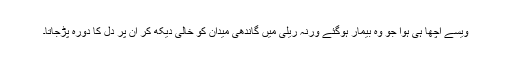
ویسے اچھا ہی ہوا جو وہ بیمار ہوگئے ورنہ ریلی میں گاندھی میدان کو خالی دیکھ کر ان پر دل کا دورہ پڑجاتا۔